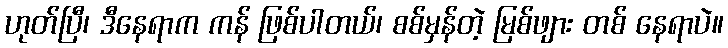
ဟုတ်ပြီ၊ ဒီနေရာက ကန် ဖြစ်ပါတယ်၊ စစ်မှန်တဲ့ မြစ်ဖျား တစ် နေရာပဲ။